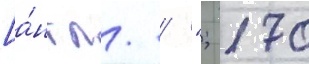
[а́нгл. / "; 170